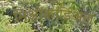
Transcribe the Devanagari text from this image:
मिओकार्डिअल